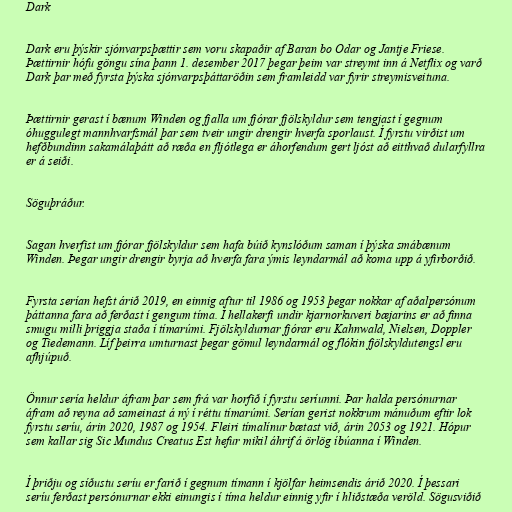
Dark

Dark eru þýskir sjónvarpsþættir sem voru skapaðir af Baran bo Odar og Jantje Friese.
Þættirnir hófu göngu sína þann 1. desember 2017 þegar þeim var streymt inn á Netflix og varð
Dark þar með fyrsta þýska sjónvarpsþáttaröðin sem framleidd var fyrir streymisveituna.

Þættirnir gerast í bænum Winden og fjalla um fjórar fjölskyldur sem tengjast í gegnum
óhuggulegt mannhvarfsmál þar sem tveir ungir drengir hverfa sporlaust. Í fyrstu virðist um
hefðbundinn sakamálaþátt að ræða en fljótlega er áhorfendum gert ljóst að eitthvað dularfyllra
er á seiði.

Söguþráður.

Sagan hverfist um fjórar fjölskyldur sem hafa búið kynslóðum saman í þýska smábænum
Winden. Þegar ungir drengir byrja að hverfa fara ýmis leyndarmál að koma upp á yfirborðið.

Fyrsta serían hefst árið 2019, en einnig aftur til 1986 og 1953 þegar nokkar af aðalpersónum
þáttanna fara að ferðast í gengum tíma. Í hellakerfi undir kjarnorkuveri bæjarins er að finna
smugu milli þriggja staða í tímarúmi. Fjölskyldurnar fjórar eru Kahnwald, Nielsen, Doppler
og Tiedemann. Líf þeirra umturnast þegar gömul leyndarmál og flókin fjölskyldutengsl eru
afhjúpuð.

Önnur sería heldur áfram þar sem frá var horfið í fyrstu seríunni. Þar halda persónurnar
áfram að reyna að sameinast á ný í réttu tímarúmi. Serían gerist nokkrum mánuðum eftir lok
fyrstu seríu, árin 2020, 1987 og 1954. Fleiri tímalínur bætast við, árin 2053 og 1921. Hópur
sem kallar sig Sic Mundus Creatus Est hefur mikil áhrif á örlög íbúanna í Winden.

Í þriðju og síðustu seríu er farið í gegnum tímann í kjölfar heimsendis árið 2020. Í þessari
seríu ferðast persónurnar ekki einungis í tíma heldur einnig yfir í hliðstæða veröld. Sögusviðið